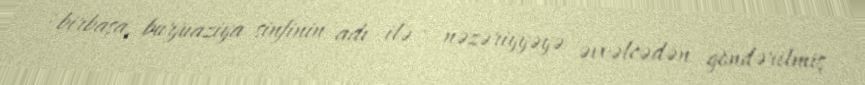
: birbaşa, burjuaziya sinfinin adı ilə - nəzəriyyəyə əvvəlcədən göndərilmiş